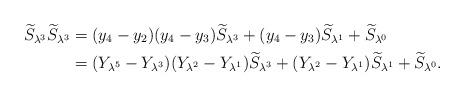
LaTeX: \begin{align*} \widetilde{{S}}_{\lambda^3}\widetilde{{S}}_{\lambda^3}&=(y_{4}-y_{2})(y_{4}-y_{3})\widetilde{{S}}_{\lambda^3}+(y_{4}-y_{3})\widetilde{{S}}_{\lambda^1}+\widetilde{{S}}_{\lambda^0}\\ &=(Y_{\lambda^5}-Y_{\lambda^3})(Y_{\lambda^2}-Y_{\lambda^1})\widetilde{{S}}_{\lambda^3}+(Y_{\lambda^2}-Y_{\lambda^1})\widetilde{{S}}_{\lambda^1}+\widetilde{{S}}_{\lambda^0}.\end{align*}